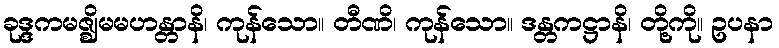
ခုဒ္ဒကမဇ္ဈိမမဟန္တာနိ၊ ကုန်သော။ တီဏိ၊ ကုန်သော။ ဒန္တကဋ္ဌာနိ၊ တို့ကို။ ဥပနာ